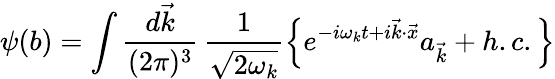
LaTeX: \psi(b)=\int\frac{d\vec{k}}{(2\pi)^{3}}\, \frac{1}{\sqrt{2\omega_{k}}}\left\lbrace e^{-i\omega_{k}t+i\vec{k}\cdot\vec{x}}a_{\vec{k}}+h.c.\right\rbrace